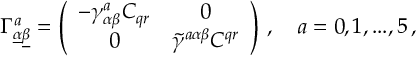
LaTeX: \Gamma _ { \underline { { \alpha } } \underline { { \beta } } } ^ { a } = \left( \begin{array} { c c } { { - \gamma _ { \alpha \beta } ^ { a } C _ { q r } } } & { { 0 } } \\ { { 0 } } & { { \tilde { \gamma } ^ { a \alpha \beta } C ^ { q r } } } \end{array} \right) \, , \quad a = 0 , 1 , . . . , 5 \, ,